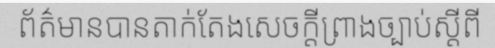
ព័ត៌មានបានតាក់តែងសេចក្តីព្រាងច្បាប់ស្តីពី